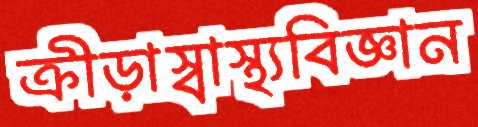
ক্রীড়াস্বাস্থ্যবিজ্ঞান